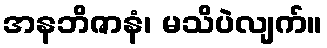
အနဘိဇာနံ၊ မသိပဲလျက်။